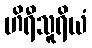
ဟိရီသူရိယံ